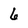
Character: 6